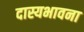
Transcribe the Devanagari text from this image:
दास्यभावना